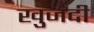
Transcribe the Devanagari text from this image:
खुजंदी